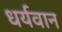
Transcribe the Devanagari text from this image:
धर्यवान